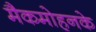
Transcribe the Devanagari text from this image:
मैकमोहनके